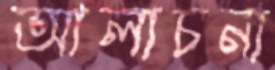
আলাচনা